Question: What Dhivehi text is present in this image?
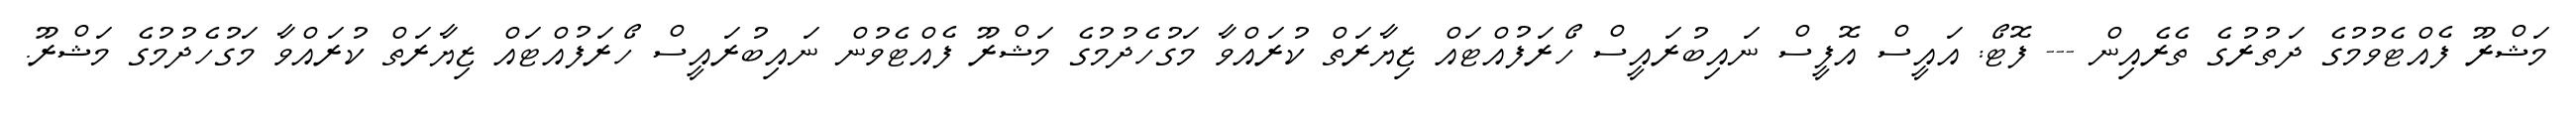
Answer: މަޝްރޫ ފެއްޓެވުމުގެ ދަތުރުގެ ތެރެއިން --- ފޮޓޯ: އައީސް އޮފީސް ނައިބުރައީސް ހޯރަފުއްޓައް ޒިޔާރަތް ކުރައްވާ މަގުހެދުމުގެ މަޝްރޫ ފެއްޓެވުން ނައިބުރައީސް ހޯރަފުއްޓައް ޒިޔާރަތް ކުރައްވާ މަގުހެދުމުގެ މަޝްރޫ.